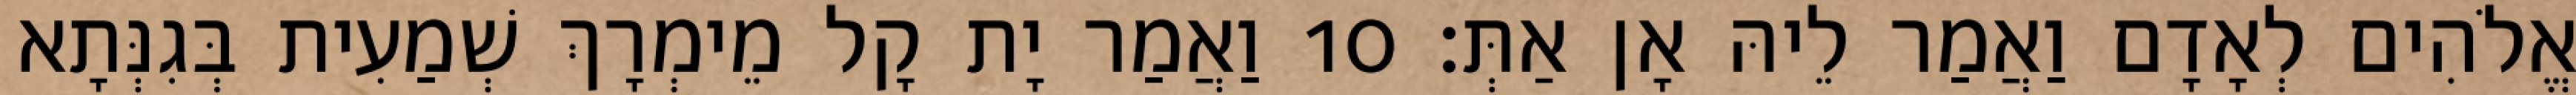
אֱלֹהִים לְאָדָם וַאֲמַר לֵיהּ אָן אַתְּ׃ 10 וַאֲמַר יָת קָל מֵימְרָךְ שְׁמַעִית בְּגִנְּתָא